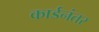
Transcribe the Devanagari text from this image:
कार्डनंतर